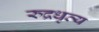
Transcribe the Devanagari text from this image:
रुद्रधृत्य